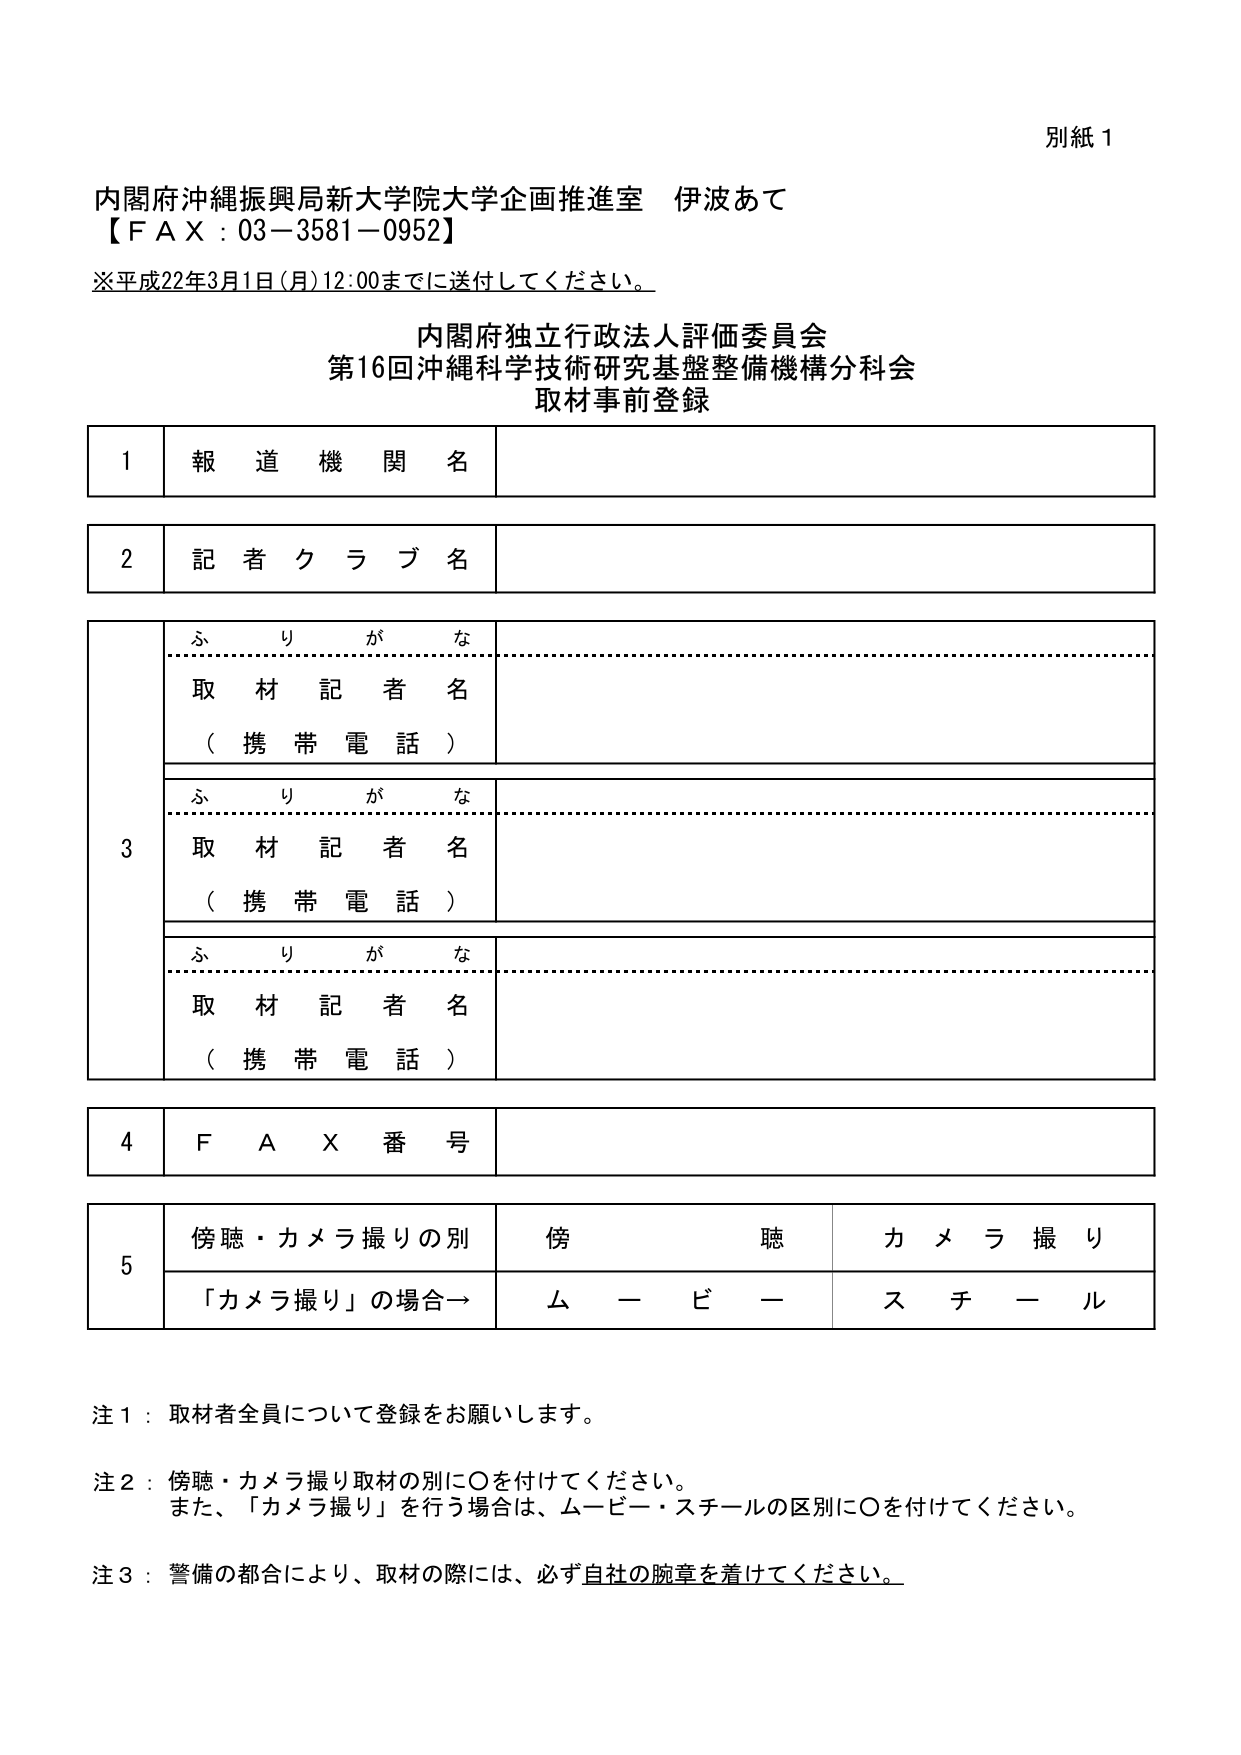
別紙１

内閣府沖縄振興局新大学院大学企画推進室 伊波あて
【ＦＡＸ：03－3581－0952】

※平成22年3月1日（月）12:00までに送付してください。

内閣府独立行政法人評価委員会
第16回沖縄科学技術研究基盤整備機構分科会
取材事前登録

1 報道機関名

2 記者クラブ名

3
ふりがな
取材記者名
（携帯電話）

ふりがな
取材記者名
（携帯電話）

ふりがな
取材記者名
（携帯電話）

4 ＦＡＸ番号

5 傍聴・カメラ撮りの別 傍聴 カメラ撮り
「カメラ撮り」の場合→ ムービー スチール

注１：取材者全員について登録をお願いします。

注２：傍聴・カメラ撮り取材の別に○を付けてください。
また、「カメラ撮り」を行う場合は、ムービー・スチールの区別に○を付けてください。

注３：警備の都合により、取材の際には、必ず自社の腕章を着けてください。